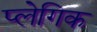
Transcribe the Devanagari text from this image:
प्लेगिक